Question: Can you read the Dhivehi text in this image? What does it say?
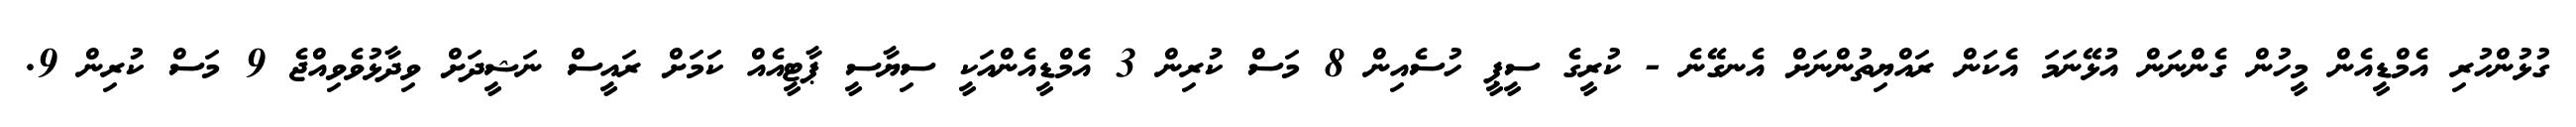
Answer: ގުޅުންހުރި އެމްޑީއެން މީހުން ގެންނަން އުޅޭނަމަ އެކަން ރައްޔިތުންނަށް އެނގޭނެ - ކުރީގެ ސީޕީ ހުސެއިން 8 މަސް ކުރިން 3 އެމްޑީއެންއަކީ ސިޔާސީ ޕާޓީއެއް ކަމަށް ރައީސް ނަޝީދަށް ވިދާޅުވެވިއްޖެ 9 މަސް ކުރިން 9.